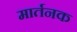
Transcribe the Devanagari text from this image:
मार्तनक